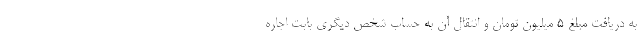
به دریافت مبلغ ۵ میلیون تومان و انتقال آن به حساب شخص دیگری بابت اجاره